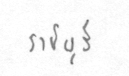
ราชบุรี